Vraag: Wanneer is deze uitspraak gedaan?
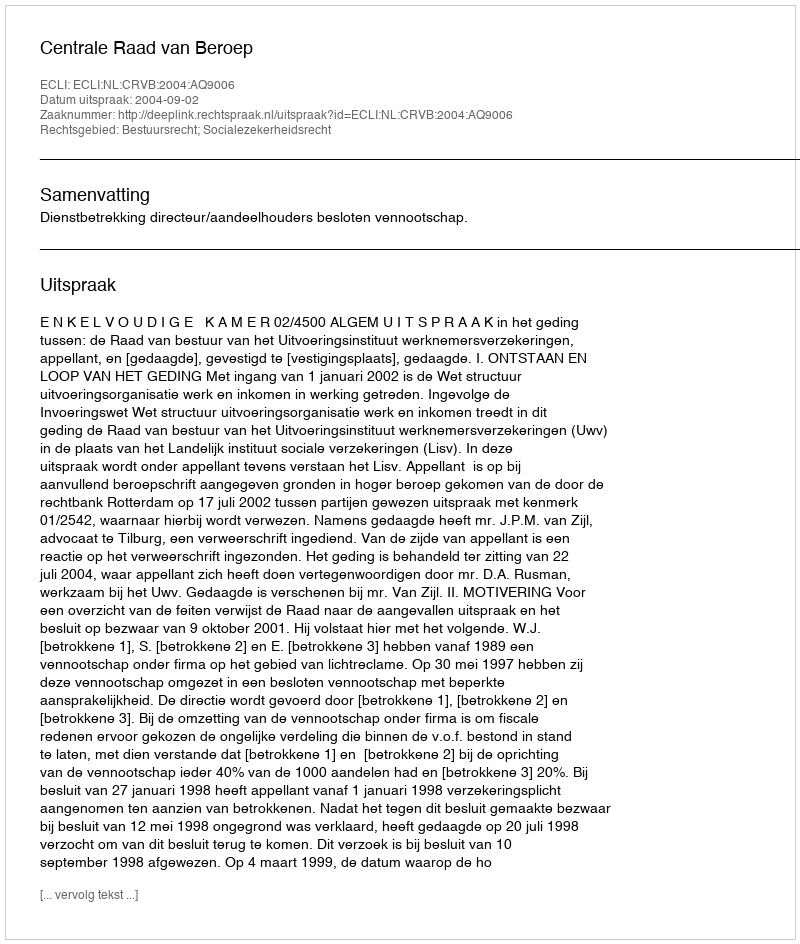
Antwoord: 2004-09-02